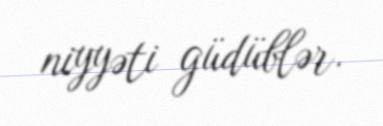
niyyəti güdüblər.